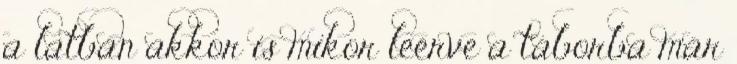
a latban akkor is mikor leérve a táborba már